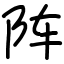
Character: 阵